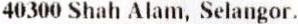
40300 SHAH ALAM, SELANGOR.